Annual administration report of the Civil Veterinary Department of India - 1904-1905
Year: 1904
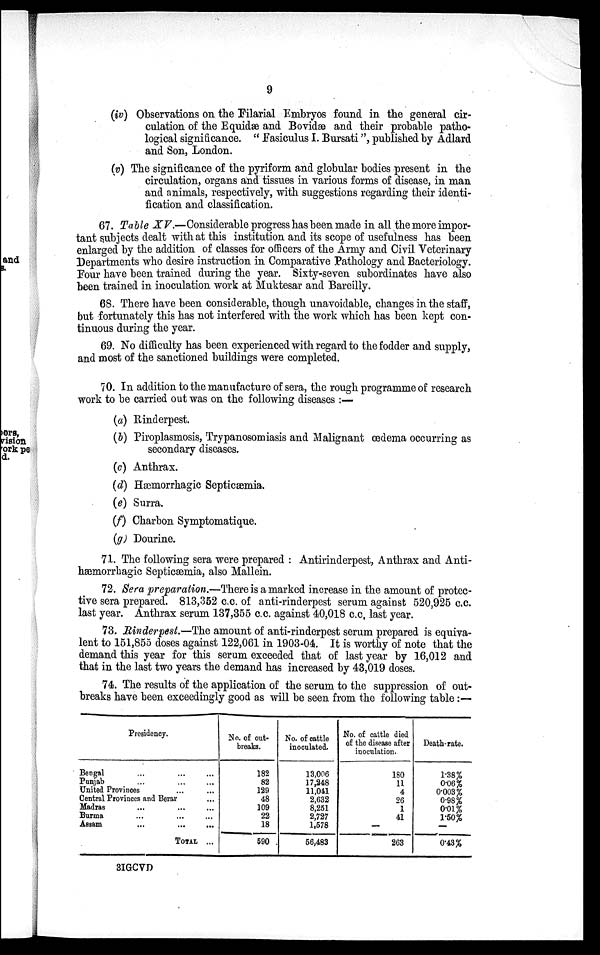
9
(iv) Observations on the Filarial Embryos found in the general cir-
culation of the Equidæ and Bovidæ and their probable patho-
logical significance. " Fasiculus I. Bursati", published by Adlard
and Son, London.
(v) The significance of the pyriform and globular bodies present in the
circulation, organs and tissues in various forms of disease, in man
and animals, respectively, with suggestions regarding their identi-
fication and classification.
67. Table XV.—Considerable progress has been made in all the more impor-
tant subjects dealt with at this institution and its scope of usefulness has been
enlarged by the addition of classes for officers of the Army and Civil Veterinary
Departments who desire instruction in Comparative Pathology and Bacteriology.
Four have been trained during the year. Sixty-seven subordinates have also
been trained in inoculation work at Muktesar and Bareilly.
68. There have been considerable, though unavoidable, changes in the staff,
but fortunately this has not interfered with the work which has been kept con-
tinuous during the year.
69. No difficulty has been experienced with regard to the fodder and supply,
and most of the sanctioned buildings were completed.
70. In addition to the manufacture of sera, the rough programme of research
work to be carried out was on the following diseases :—
(a) Rinderpest.
(b) Piroplasmosis, Trypanosomiasis and Malignant œdema occurring as
secondary diseases.
(c) Anthrax.
(d) Hæmorrhagic Septicæmia.
(e) Surra.
(f) Charbon Symptomatique.
(g) Dourine.
71. The following sera were prepared : Antirinderpest, Anthrax and Anti-
hæmorrhagic Septicæmia, also Mallein.
72. Sera preparation.—There is a marked increase in the amount of protec-
tive sera prepared. 813,352 c.c. of anti-rinderpest serum against 520,925 c.c.
last year. Anthrax serum 137,355 c.c. against 40,018 c.c. last year.
73. Rinderpest.—The amount of anti-rinderpest serum prepared is equiva-
lent to 151,855 doses against 122,061 in 1903-04. It is worthy of note that the
demand this year for this serum exceeded that of last year by 16,012 and
that in the last two years the demand has increased by 43,019 doses.
74. The results of the application of the serum to the suppression of out-
breaks have been exceedingly good as will be seen from the following table:—
Presidency.
Bengal ... ... ...
Punjab ... ... ...
United Provinces ... ...
Central Provinces and Berar ...
Madras ... ... ...
Burma ... ... ...
Assam .........
TOTAL ...
No. of out-
breaks.
182
82
129
48
109
22
18
590
No. of cattle
inoculated.
13,006
17,248
11,041
2,632
8,251
2,727
1,578
56,483
No. of cattle died
of the disease after
inoculation.
180
11
4
26
1
41
—
263
Death-rate.
1.38%
0.06%
0.003%
0.98%
0.01%
1.50%
—
0.43%
3IGCVD